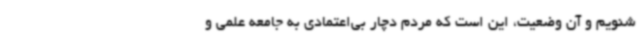
‌شنویم و آن وضعیت، این است که مردم دچار بی‌اعتمادی به جامعه علمی و